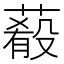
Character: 𦺔